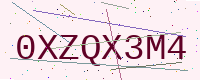
Text: 0XZQX3M4